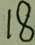
1 8